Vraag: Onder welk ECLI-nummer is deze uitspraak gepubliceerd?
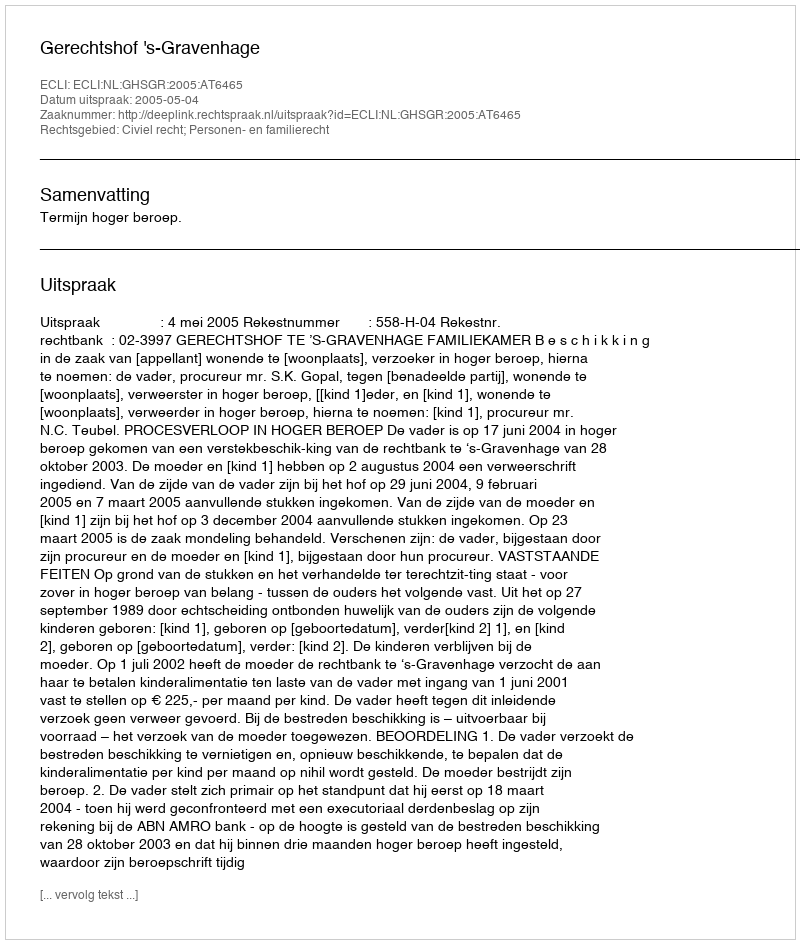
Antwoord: ECLI:NL:GHSGR:2005:AT6465